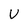
Character: U